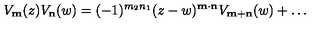
V _ { \bf m } ( z ) V _ { \bf n } ( w ) = ( - 1 ) ^ { m _ { 2 } n _ { 1 } } ( z - w ) ^ { \bf m \cdot n } V _ { \bf m + n } ( w ) + \ldots